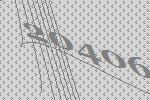
20406